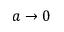
a \to 0